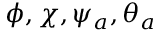
\phi , \chi , \psi _ { a } , \theta _ { a }